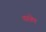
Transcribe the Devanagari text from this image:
वस्त्रेण